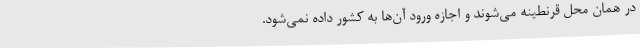
در همان محل قرنطینه می‌شوند و اجازه ورود آن‌ها به کشور داده نمی‌شود.